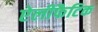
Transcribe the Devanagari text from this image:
ऐलीफैटिक